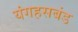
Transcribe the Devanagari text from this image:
यंगहसबंड